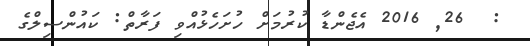
:  26